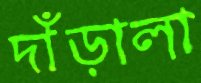
দাঁড়ালা